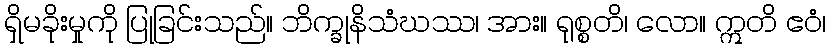
ရှိမခိုးမှုကို ပြုခြင်းသည်။ ဘိက္ခုနိသံဃဿ၊ အား။ ရုစ္စတိ၊ လော။ ဣတိ ဧဝံ၊